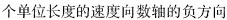
个单位长度的速度向数轴的负方向